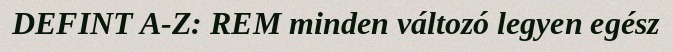
DEFINT A-Z: REM minden változó legyen egész